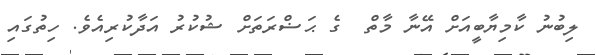
ލިބުނު ކާމިޔާބީއަށް އޭނާ މާތް  ގެ ޙަޟްރަތަށް ޝުކުރު އަދާކުރިއެވެ. ހިތުގައި